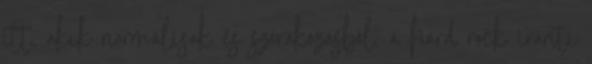
itt, akik normálisak és szórakozásból, a hard rock iránti